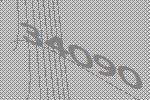
34090